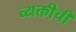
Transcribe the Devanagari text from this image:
व्यक्तीचीं